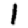
Digit: 1